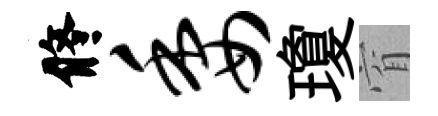
修委瓊窅